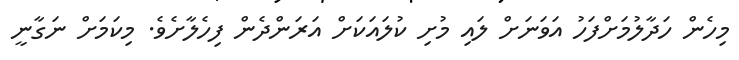
މިހެން ހަދާލުމަށްފަހު އަވަނަށް ލައި މުށި ކުލައަކަށް އަރަންދެން ފިހެލާށެވެ. މިކަމަށް ނަގާނީ